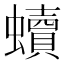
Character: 𧔖